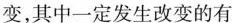
变，其中一定发生改变的有